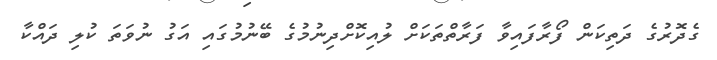
ގެދޮރުގެ ދަތިކަން ފޯރާފައިވާ ފަރާތްތަކަށް ލުއިކޮށްދިނުމުގެ ބޭނުމުގައި އަގު ނުވަތަ ކުލި ދައްކާ